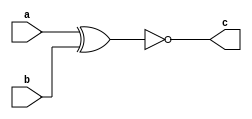
`timescale 1ns / 1ps
//////////////////////////////////////////////////////////////////////////////////
// Company: 
// Engineer: 
// 
// Design Name: 
// Module Name: nxorgate
// Project Name: 
// Target Devices: 
// Tool Versions: 
// Description: 
// 
// Dependencies: 
// 
// Revision:
// Revision 0.01 - File Created
// Additional Comments:
// 
//////////////////////////////////////////////////////////////////////////////////


module nxorgate
#(parameter WIDTH=8)
	(
	input[(WIDTH-1):0] a,
	input[(WIDTH-1):0] b,
	output[(WIDTH-1):0] c);

	assign c= ~(a ^ b);
endmodule